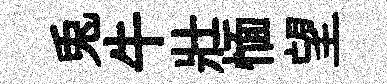
兎牛壯愐望